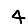
Digit: 4